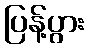
ပြန့်ပွား